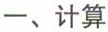
一、计算